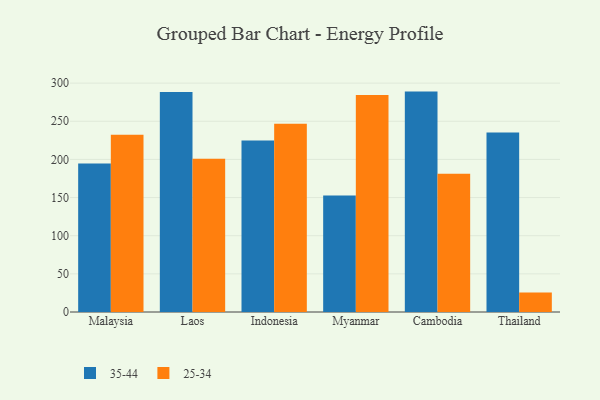
{"axis": {"x": "Country", "y": "Active Users"}, "legend": ["25-34", "35-44"], "data": [{"x": "Malaysia", "y": 194.6, "type": "35-44"}, {"x": "Malaysia", "y": 232.3, "type": "25-34"}, {"x": "Laos", "y": 288.3, "type": "35-44"}, {"x": "Laos", "y": 201.0, "type": "25-34"}, {"x": "Indonesia", "y": 224.9, "type": "35-44"}, {"x": "Indonesia", "y": 246.8, "type": "25-34"}, {"x": "Myanmar", "y": 152.6, "type": "35-44"}, {"x": "Myanmar", "y": 284.4, "type": "25-34"}, {"x": "Cambodia", "y": 288.9, "type": "35-44"}, {"x": "Cambodia", "y": 181.2, "type": "25-34"}, {"x": "Thailand", "y": 235.3, "type": "35-44"}, {"x": "Thailand", "y": 25.4, "type": "25-34"}]}